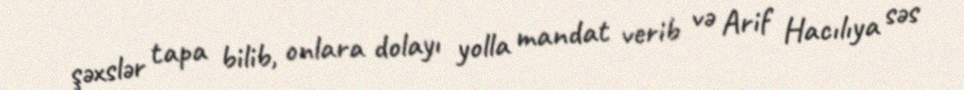
şəxslər tapa bilib, onlara dolayı yolla mandat verib və Arif Hacılıya səs